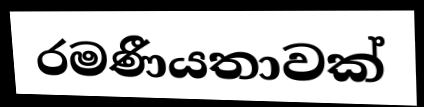
රමණීයතාවක්